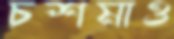
চশমাও